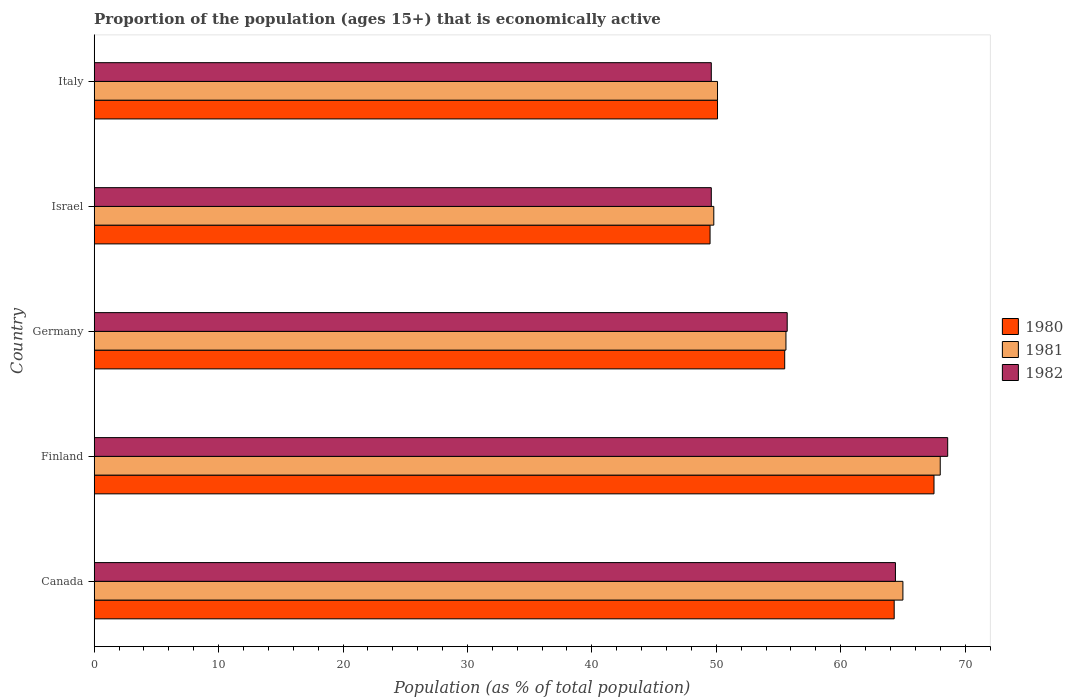
| Country | 1980 | 1981 | 1982 |
 | --- | --- | --- | --- |
 | Canada | 64.3 | 65 | 64.4 |
 | Finland | 67.5 | 68 | 68.6 |
 | Germany | 55.5 | 55.6 | 55.7 |
 | Israel | 49.5 | 49.8 | 49.6 |
 | Italy | 50.1 | 50.1 | 49.6 |